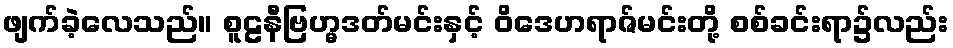
ဖျက်ခဲ့လေသည်။ စူဠနီဗြဟ္မဒတ်မင်းနှင့် ဝိဒေဟရာဇ်မင်းတို့ စစ်ခင်းရာ၌လည်း